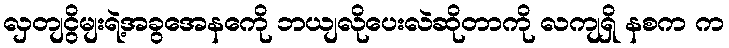
လှတျငွိမျးရဲ့အခွအေနကေို ဘယျလိုပေးလဲဆိုတာကို လကျရှိ နစက က